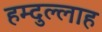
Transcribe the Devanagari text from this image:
हम्दुल्लाह